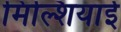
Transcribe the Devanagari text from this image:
मिल्शियाई